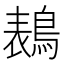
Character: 𱈭